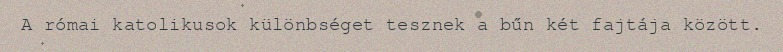
A római katolikusok különbséget tesznek a bűn két fajtája között.